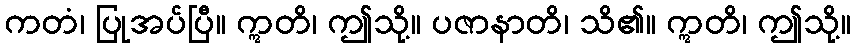
ကတံ၊ ပြုအပ်ပြီ။ ဣတိ၊ ဤသို့။ ပဇာနာတိ၊ သိ၏။ ဣတိ၊ ဤသို့။